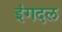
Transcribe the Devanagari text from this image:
इंगदल